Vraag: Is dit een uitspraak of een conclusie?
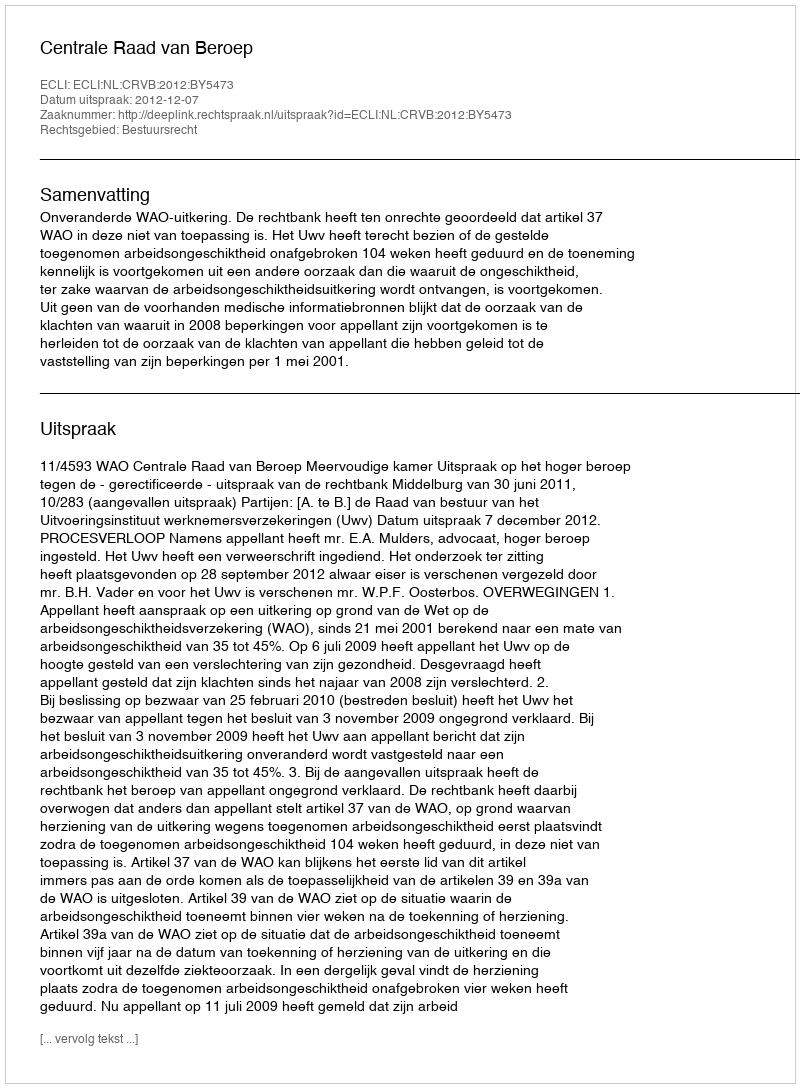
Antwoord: Uitspraak